Indian journal of veterinary science and animal husbandry - Volume 3,
Year: 1933
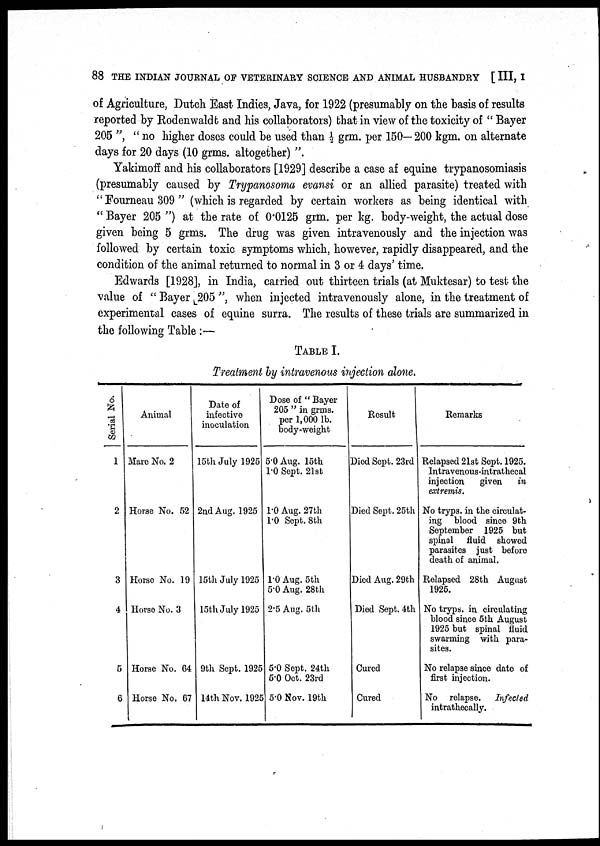
88 THE INDIAN JOURNAL OF VETERINARY SCIENCE AND ANIMAL HUSBANDRY [ III, I
of Agriculture, Dutch East Indies, Java, for 1922 (presumably on the basis of results
reported by Rodenwaldt and his collaborators) that in view of the toxicity of " Bayer
205 ", " no higher doses could be used than ½ grm. per 150—200 kgm. on alternate
days for 20 days (10 grms. altogether) ".
Yakimoff and his collaborators [1929] describe a case af equine trypanosomiasis
(presumably caused by Trypanosoma evansi or an allied parasite) treated with
" Fourneau 309 " (which is regarded by certain workers as being identical with
" Bayer 205 ") at the rate of: 0.0125 grm. per kg. body-weight, the actual dose
given being 5 grms. The drug was given intravenously and the injection was
followed by certain toxic symptoms which, however, rapidly disappeared, and the
condition of the animal returned to normal in 3 or 4 days' time.
Edwards [1928], in India, carried out thirteen trials (at Muktesar) to test the
value of " Bayer 205 ", when injected intravenously alone, in the treatment of
experimental cases of equine surra. The results of these trials are summarized in
the following Table :—
TABLE I.
Treatment by intravenous injection alone.
Serial No.
1
2
3
4
5
6
Animal
Mare No. 2
Horse No. 52
Horse No. 19
Horse No. 3
Horse No. 64
Horse No. 67
Date of
infective
inoculation
15th July 1925
2nd Aug. 1925
16th July 1925
15th July 1925
9th Sept. 1925
14th Nov. 1925
Dose of " Bayer
205 " in grms.
per 1,000 lb.
body-weight
5.0 Aug. 15th
1.0 Sept. 21st
1.0 Aug. 27th
1.0 Sept. 8th
1.0 Aug. 5th
5.0 Aug. 28th
2.5 Aug. 5th
5.0 Sept. 24th
5.0 Oct. 23rd
5.0 Nov. 19th
Result
Died Sept. 23rd
Died Sept. 25th
Died Aug. 29th
Died Sept. 4th
Cured
Cured
Remarks
Relapsed 21st Sept. 1925.
Intravenous intrathecal
injection
given
in
extremis.
No tryps. in the circulat-
ing blood since 9th
September 1925 but
spinal fluid showed
parasites just before
death of animal.
Relapsed 28th August
1925.
No tryps. in circulating
blood since 5th August
1925 but spinal fluid
swarming with para-
sites.
No relapse since date of
first injection.
No relapse.
Infected
intrathecally.